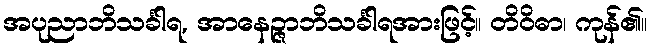
အပုညာဘိသင်္ခါရ, အာနေဉ္ဇာဘိသင်္ခါရအားဖြင့်။ တိဝိဓာ၊ ကုန်၏။